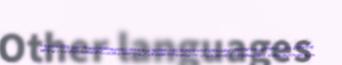
Other languages